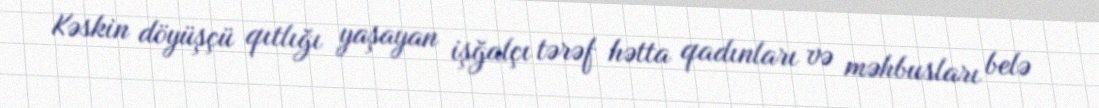
Kəskin döyüşçü qıtlığı yaşayan işğalçı tərəf hətta qadınları və məhbusları belə